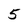
Character: 5